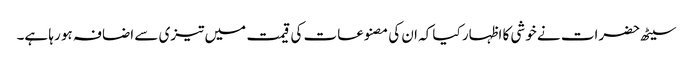
سیٹھ حضرات نے خوشی کا اظہار کیا کہ ان کی مصنوعات کی قیمت میں تیزی سے اضافہ ہو رہا ہے۔